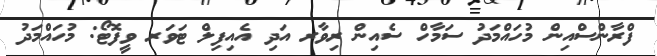
ފްރާންސްއިން މުހައްމަދު ސަމާހް ސެއިން ރިވާރ އަދި އެއިފިލް ޓަވަރ ވީފޮޓޯ: މުހައްމަދު